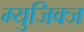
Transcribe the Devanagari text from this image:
म्युजिक्ज